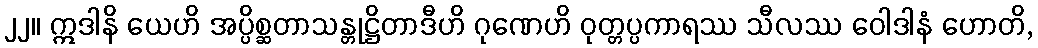
၂၂။ ဣဒါနိ ယေဟိ အပ္ပိစ္ဆတာသန္တုဋ္ဌိတာဒီဟိ ဂုဏေဟိ ဝုတ္တပ္ပကာရဿ သီလဿ ဝေါဒါနံ ဟောတိ,